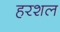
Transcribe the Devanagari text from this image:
हरशल